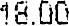
18.00